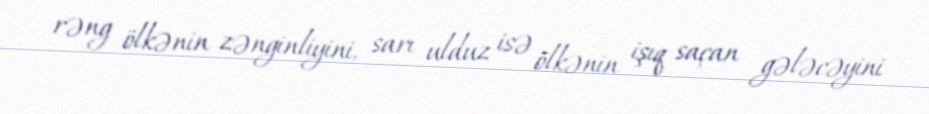
rəng ölkənin zənginliyini, sarı ulduz isə ölkənin işıq saçan gələcəyini